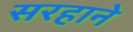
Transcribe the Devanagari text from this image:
सरहाने